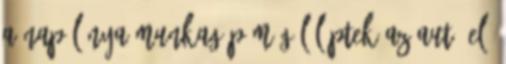
a nap lánya Munkagép mögül léptek az autó elé